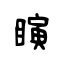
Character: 瞚